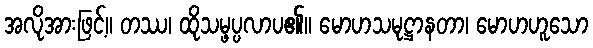
အလိုအားဖြင့်။ တဿ၊ ထိုသမ္ဖပ္ပလာပ၏။ မောဟသမုဋ္ဌာနတာ၊ မောဟဟူသော